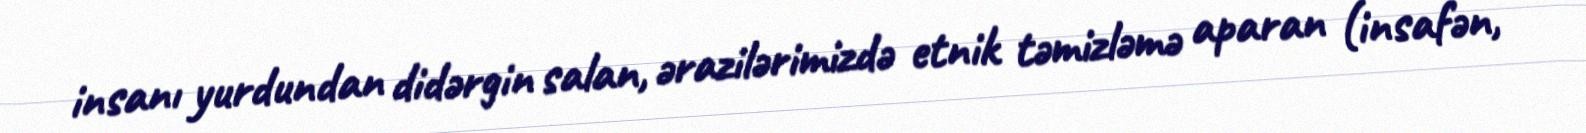
insanı yurdundan didərgin salan, ərazilərimizdə etnik təmizləmə aparan (insafən,